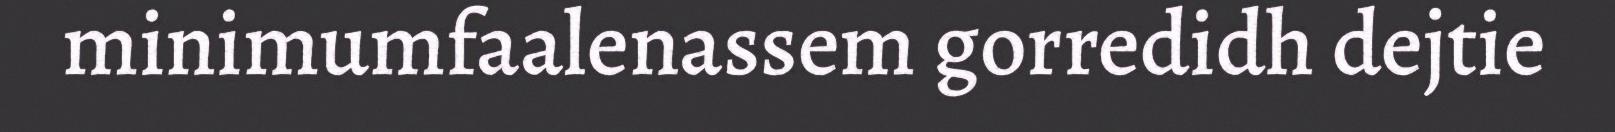
minimumfaalenassem gorredidh dejtie